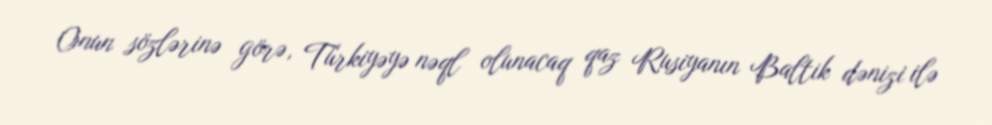
Onun sözlərinə görə, Türkiyəyə nəql olunacaq qaz Rusiyanın Baltik dənizi ilə